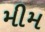
મીમ